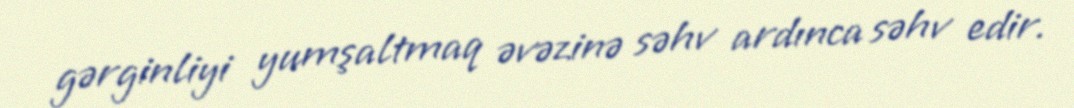
gərginliyi yumşaltmaq əvəzinə səhv ardınca səhv edir.